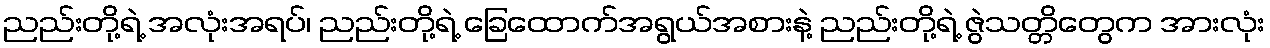
ညည်းတို့ရဲ့ အလုံးအရပ်၊ ညည်းတို့ရဲ့ ခြေထောက်အရွယ်အစားနဲ့ ညည်းတို့ရဲ့ ဇွဲသတ္တိတွေက အားလုံး